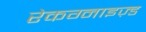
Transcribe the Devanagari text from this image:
रेकग्नाइज़्ड